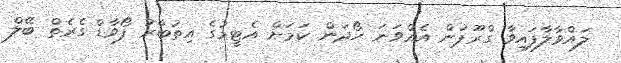
ލައްވާލާފައިވާ ގްރޫޕުން އެއްވަނަ ހޯދަން ކަމަށް އެޓީމުގެ އިތުބާރު ފޯވާޑް ގެރެތް ބޭލް